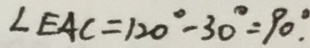
\angle E A C = 1 2 0 ^ { \circ } - 3 0 ^ { \circ } = 9 0 ^ { \circ } .